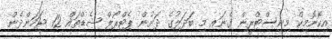
އިކޮނޮމިކް މިނިސްޓްރީން ގެނައި މި ބަދަލުގެ ދަށުން ޕެޓްރޯލް ޝެޑްތައް 12 ޖަހަންދެން